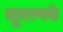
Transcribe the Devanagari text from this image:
द्यूतामधे